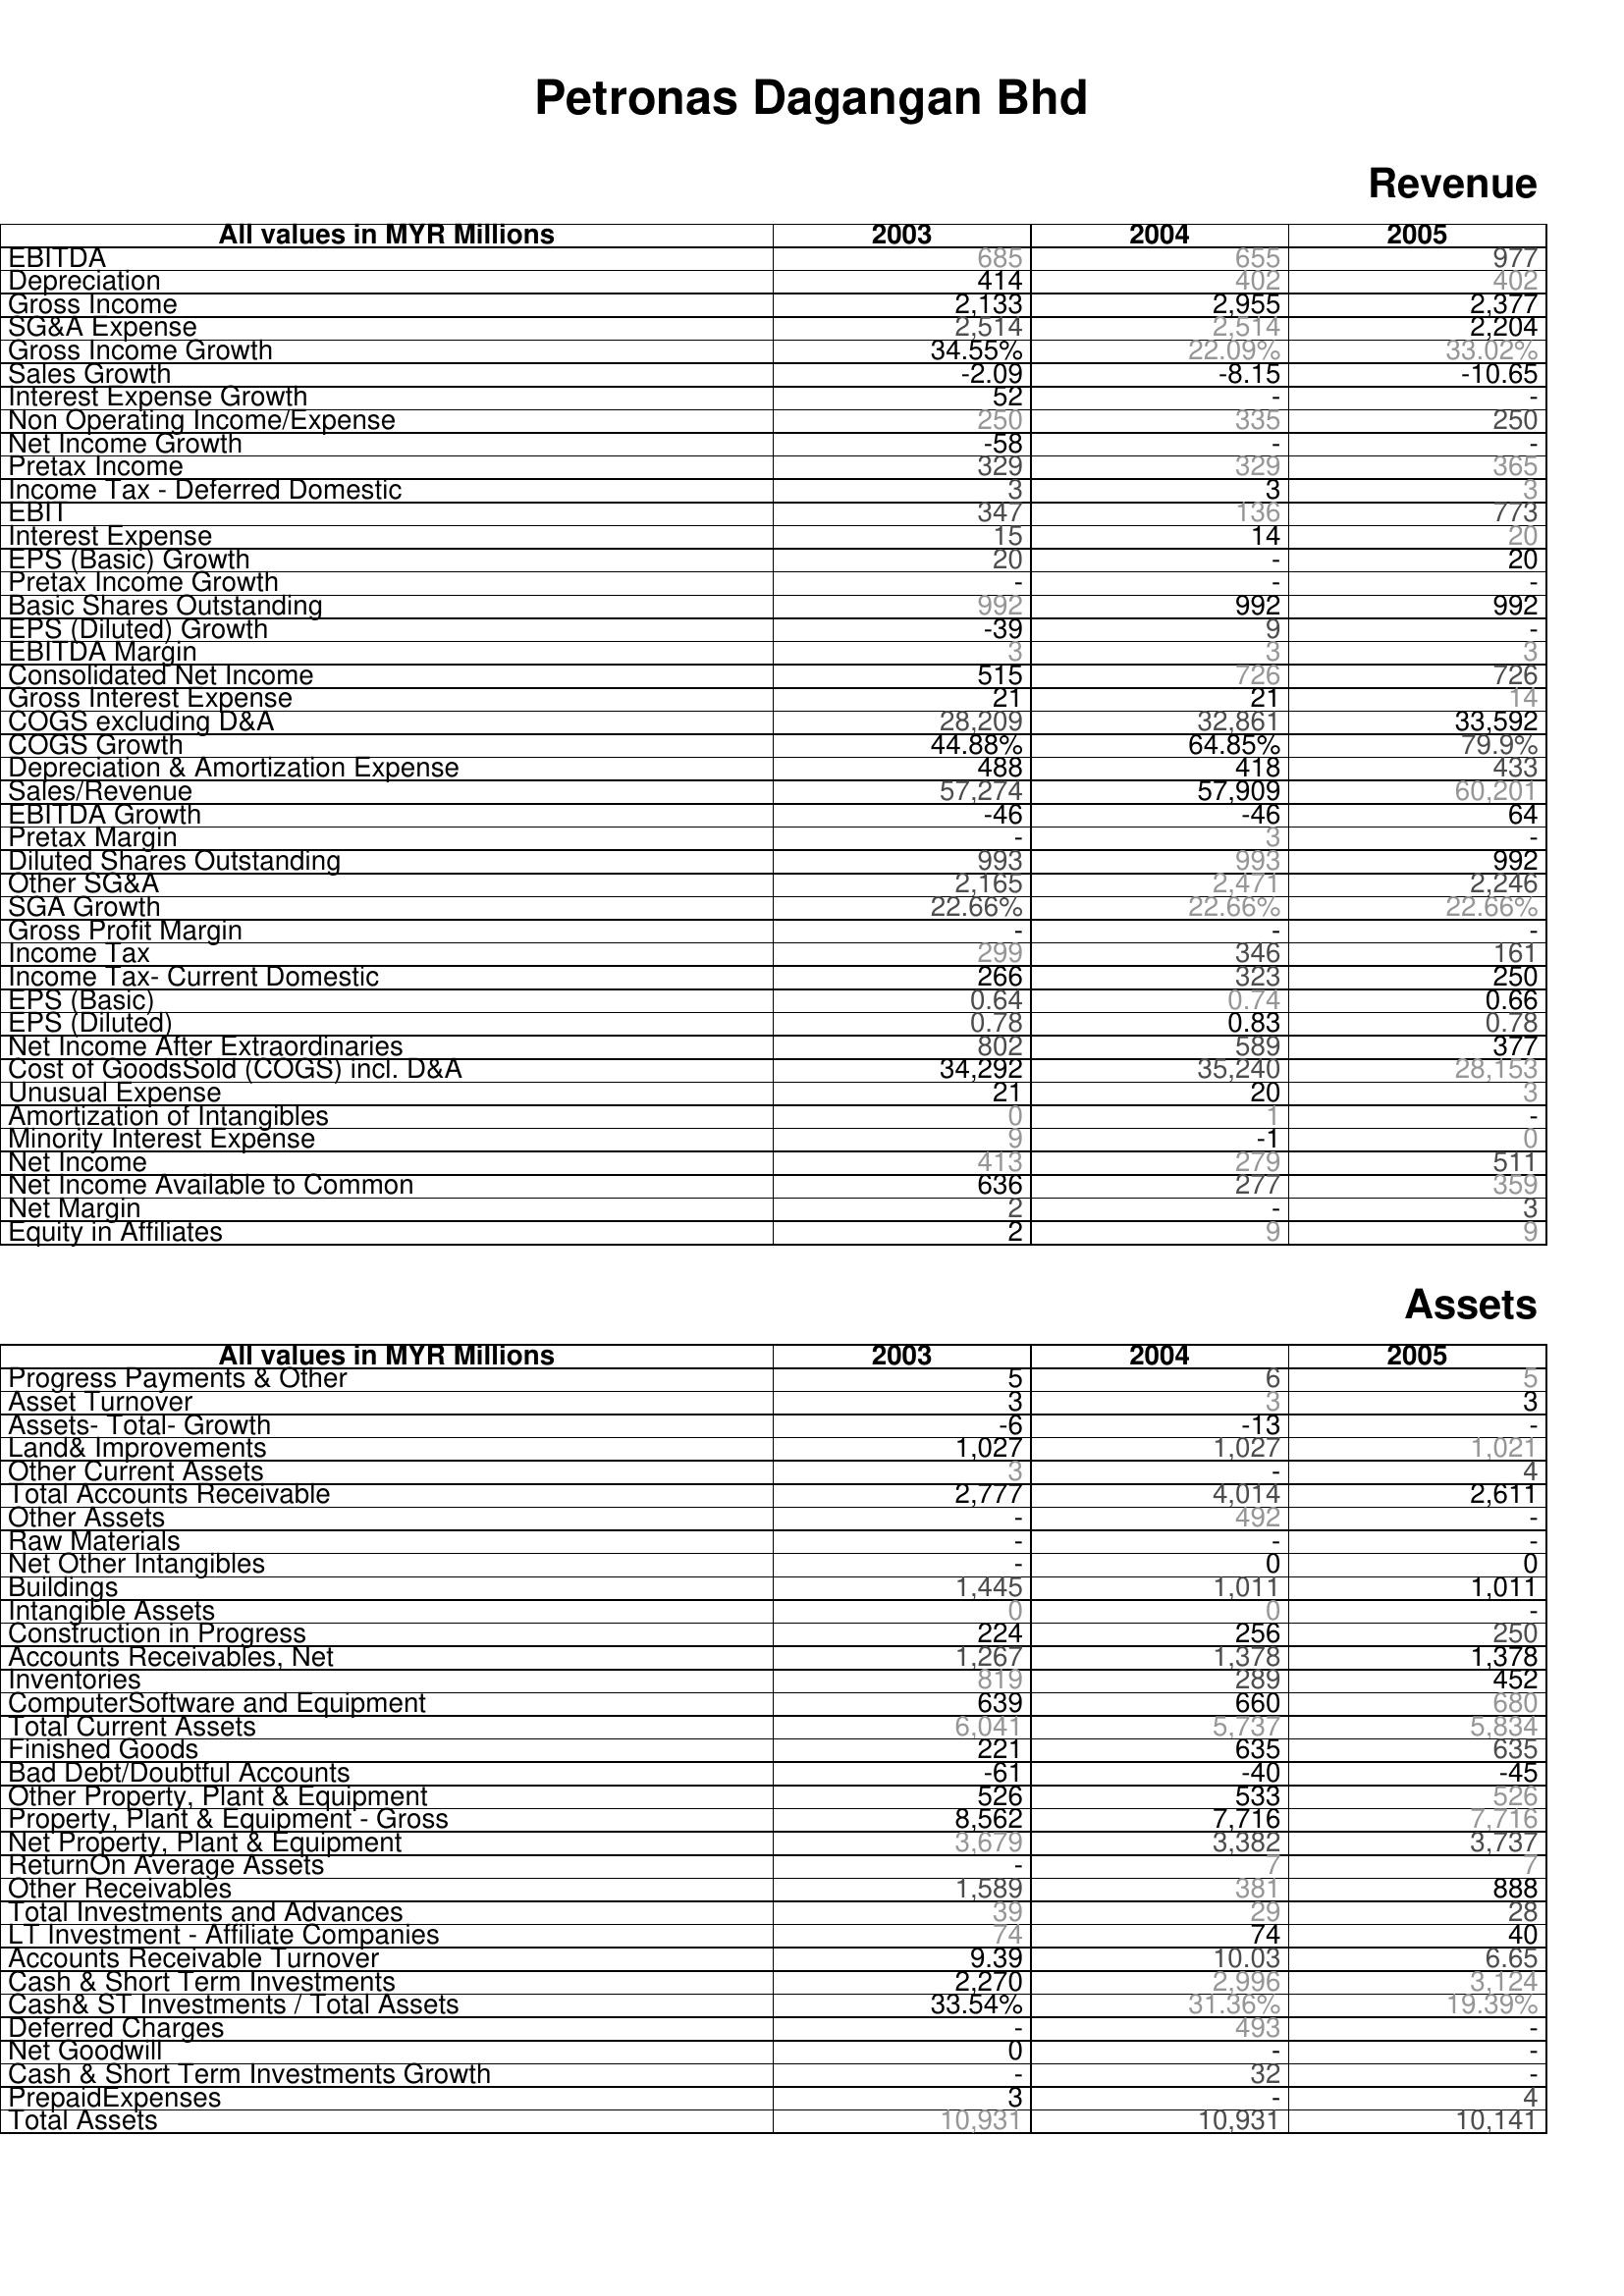
2003: Revenue: EBITDA: 685
Depreciation: 414
Gross Income: 2,133
SG&A Expense: 2,514
Gross Income Growth: 34.55%
Sales Growth: -2.09
Interest Expense Growth: 52
Non Operating Income/Expense: 250
Net Income Growth: -58
Pretax Income: 329
Income Tax - Deferred Domestic: 3
EBIT: 347
Interest Expense: 15
EPS (Basic) Growth: 20
Pretax Income Growth: -
Basic Shares Outstanding: 992
EPS (Diluted) Growth: -39
EBITDA Margin: 3
Consolidated Net Income: 515
Gross Interest Expense: 21
COGS excluding D&A: 28,209
COGS Growth: 44.88%
Depreciation & Amortization Expense: 488
Sales/Revenue: 57,274
EBITDA Growth: -46
Pretax Margin: -
Diluted Shares Outstanding: 993
Other SG&A: 2,165
SGA Growth: 22.66%
Gross Profit Margin: -
Income Tax: 299
Income Tax- Current Domestic: 266
EPS (Basic): 0.64
EPS (Diluted): 0.78
Net Income After Extraordinaries: 802
Cost of GoodsSold (COGS) incl. D&A: 34,292
Unusual Expense: 21
Amortization of Intangibles: 0
Minority Interest Expense: 9
Net Income: 413
Net Income Available to Common: 636
Net Margin: 2
Equity in Affiliates: 2
Assets: Progress Payments & Other: 5
Asset Turnover: 3
Assets- Total- Growth: -6
Land& Improvements: 1,027
Other Current Assets: 3
Total Accounts Receivable: 2,777
Other Assets: -
Raw Materials: -
Net Other Intangibles: -
Buildings: 1,445
Intangible Assets: 0
Construction in Progress: 224
Accounts Receivables, Net: 1,267
Inventories: 819
ComputerSoftware and Equipment: 639
Total Current Assets: 6,041
Finished Goods: 221
Bad Debt/Doubtful Accounts: -61
Other Property, Plant & Equipment: 526
Property, Plant & Equipment - Gross : 8,562
Net Property, Plant & Equipment: 3,679
ReturnOn Average Assets: -
Other Receivables: 1,589
Total Investments and Advances: 39
LT Investment - Affiliate Companies: 74
Accounts Receivable Turnover: 9.39
Cash & Short Term Investments: 2,270
Cash& ST Investments / Total Assets: 33.54%
Deferred Charges: -
Net Goodwill: 0
Cash & Short Term Investments Growth: -
PrepaidExpenses: 3
Total Assets: 10,931
2004: Revenue: EBITDA: 655
Depreciation: 402
Gross Income: 2,955
SG&A Expense: 2,514
Gross Income Growth: 22.09%
Sales Growth: -8.15
Interest Expense Growth: -
Non Operating Income/Expense: 335
Net Income Growth: -
Pretax Income: 329
Income Tax - Deferred Domestic: 3
EBIT: 136
Interest Expense: 14
EPS (Basic) Growth: -
Pretax Income Growth: -
Basic Shares Outstanding: 992
EPS (Diluted) Growth: 9
EBITDA Margin: 3
Consolidated Net Income: 726
Gross Interest Expense: 21
COGS excluding D&A: 32,861
COGS Growth: 64.85%
Depreciation & Amortization Expense: 418
Sales/Revenue: 57,909
EBITDA Growth: -46
Pretax Margin: 3
Diluted Shares Outstanding: 993
Other SG&A: 2,471
SGA Growth: 22.66%
Gross Profit Margin: -
Income Tax: 346
Income Tax- Current Domestic: 323
EPS (Basic): 0.74
EPS (Diluted): 0.83
Net Income After Extraordinaries: 589
Cost of GoodsSold (COGS) incl. D&A: 35,240
Unusual Expense: 20
Amortization of Intangibles: 1
Minority Interest Expense: -1
Net Income: 279
Net Income Available to Common: 277
Net Margin: -
Equity in Affiliates: 9
Assets: Progress Payments & Other: 6
Asset Turnover: 3
Assets- Total- Growth: -13
Land& Improvements: 1,027
Other Current Assets: -
Total Accounts Receivable: 4,014
Other Assets: 492
Raw Materials: -
Net Other Intangibles: 0
Buildings: 1,011
Intangible Assets: 0
Construction in Progress: 256
Accounts Receivables, Net: 1,378
Inventories: 289
ComputerSoftware and Equipment: 660
Total Current Assets: 5,737
Finished Goods: 635
Bad Debt/Doubtful Accounts: -40
Other Property, Plant & Equipment: 533
Property, Plant & Equipment - Gross : 7,716
Net Property, Plant & Equipment: 3,382
ReturnOn Average Assets: 7
Other Receivables: 381
Total Investments and Advances: 29
LT Investment - Affiliate Companies: 74
Accounts Receivable Turnover: 10.03
Cash & Short Term Investments: 2,996
Cash& ST Investments / Total Assets: 31.36%
Deferred Charges: 493
Net Goodwill: -
Cash & Short Term Investments Growth: 32
PrepaidExpenses: -
Total Assets: 10,931
2005: Revenue: EBITDA: 977
Depreciation: 402
Gross Income: 2,377
SG&A Expense: 2,204
Gross Income Growth: 33.02%
Sales Growth: -10.65
Interest Expense Growth: -
Non Operating Income/Expense: 250
Net Income Growth: -
Pretax Income: 365
Income Tax - Deferred Domestic: 3
EBIT: 773
Interest Expense: 20
EPS (Basic) Growth: 20
Pretax Income Growth: -
Basic Shares Outstanding: 992
EPS (Diluted) Growth: -
EBITDA Margin: 3
Consolidated Net Income: 726
Gross Interest Expense: 14
COGS excluding D&A: 33,592
COGS Growth: 79.9%
Depreciation & Amortization Expense: 433
Sales/Revenue: 60,201
EBITDA Growth: 64
Pretax Margin: -
Diluted Shares Outstanding: 992
Other SG&A: 2,246
SGA Growth: 22.66%
Gross Profit Margin: -
Income Tax: 161
Income Tax- Current Domestic: 250
EPS (Basic): 0.66
EPS (Diluted): 0.78
Net Income After Extraordinaries: 377
Cost of GoodsSold (COGS) incl. D&A: 28,153
Unusual Expense: 3
Amortization of Intangibles: -
Minority Interest Expense: 0
Net Income: 511
Net Income Available to Common: 359
Net Margin: 3
Equity in Affiliates: 9
Assets: Progress Payments & Other: 5
Asset Turnover: 3
Assets- Total- Growth: -
Land& Improvements: 1,021
Other Current Assets: 4
Total Accounts Receivable: 2,611
Other Assets: -
Raw Materials: -
Net Other Intangibles: 0
Buildings: 1,011
Intangible Assets: -
Construction in Progress: 250
Accounts Receivables, Net: 1,378
Inventories: 452
ComputerSoftware and Equipment: 680
Total Current Assets: 5,834
Finished Goods: 635
Bad Debt/Doubtful Accounts: -45
Other Property, Plant & Equipment: 526
Property, Plant & Equipment - Gross : 7,716
Net Property, Plant & Equipment: 3,737
ReturnOn Average Assets: 7
Other Receivables: 888
Total Investments and Advances: 28
LT Investment - Affiliate Companies: 40
Accounts Receivable Turnover: 6.65
Cash & Short Term Investments: 3,124
Cash& ST Investments / Total Assets: 19.39%
Deferred Charges: -
Net Goodwill: -
Cash & Short Term Investments Growth: -
PrepaidExpenses: 4
Total Assets: 10,141